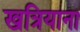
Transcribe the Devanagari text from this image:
खत्रियाना